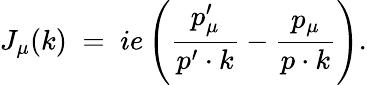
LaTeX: J_{\mu}(k)\; =\; ie\left({\frac{p_{\mu}^{\prime}}{p^{\prime}\cdot k}}-{\frac{p_{\mu}}{p\cdot k}}\right).